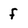
Character: f